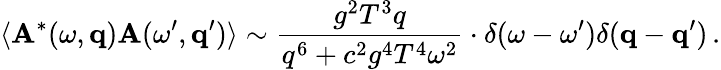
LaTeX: \langle\mathbf{A}^{*}(\omega,{\mathbf{q}})\mathbf{A}(\omega^{\prime},{\mathbf{q}}^{\prime})\rangle\sim{\frac{{g^{2}T^{3}q}}{{q^{6}+c^{2}g^{4}T^{4}\omega^{2}}}}\cdot\delta(\omega-\omega^{\prime})\delta({\mathbf{q}}-{\mathbf{q}}^{\prime})\, .